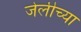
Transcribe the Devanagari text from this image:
जेलीच्या